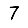
Digit: 7